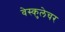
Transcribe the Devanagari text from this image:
वेस्कुलेचर